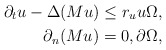
\begin{align*}\partial_t u-\Delta (M u)\leq r_u u \Omega,\\\partial_n (M u)=0,\partial\Omega,\end{align*}